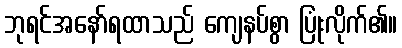
ဘုရင်အနော်ရထာသည် ကျေနပ်စွာ ပြုံးလိုက်၏။